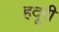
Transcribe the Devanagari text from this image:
हदूरी